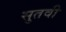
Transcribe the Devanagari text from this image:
सुतवी